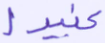
عنيدا